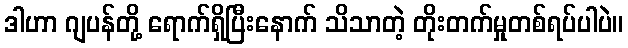
ဒါဟာ ဂျပန်တို့ ရောက်ရှိပြီးနောက် သိသာတဲ့ တိုးတက်မှုတစ်ရပ်ပါပဲ။